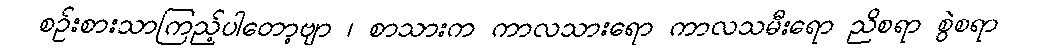
စဉ်းစားသာကြည့်ပါတော့ဗျာ ၊ စာသားက ကာလသားရော ကာလသမီးရော ညိစရာ စွဲစရာ